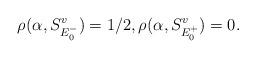
LaTeX: \begin{align*} \rho(\alpha,S_{E_0^-}^v)=1/2 , \rho(\alpha,S_{E_0^+}^v)=0.\end{align*}